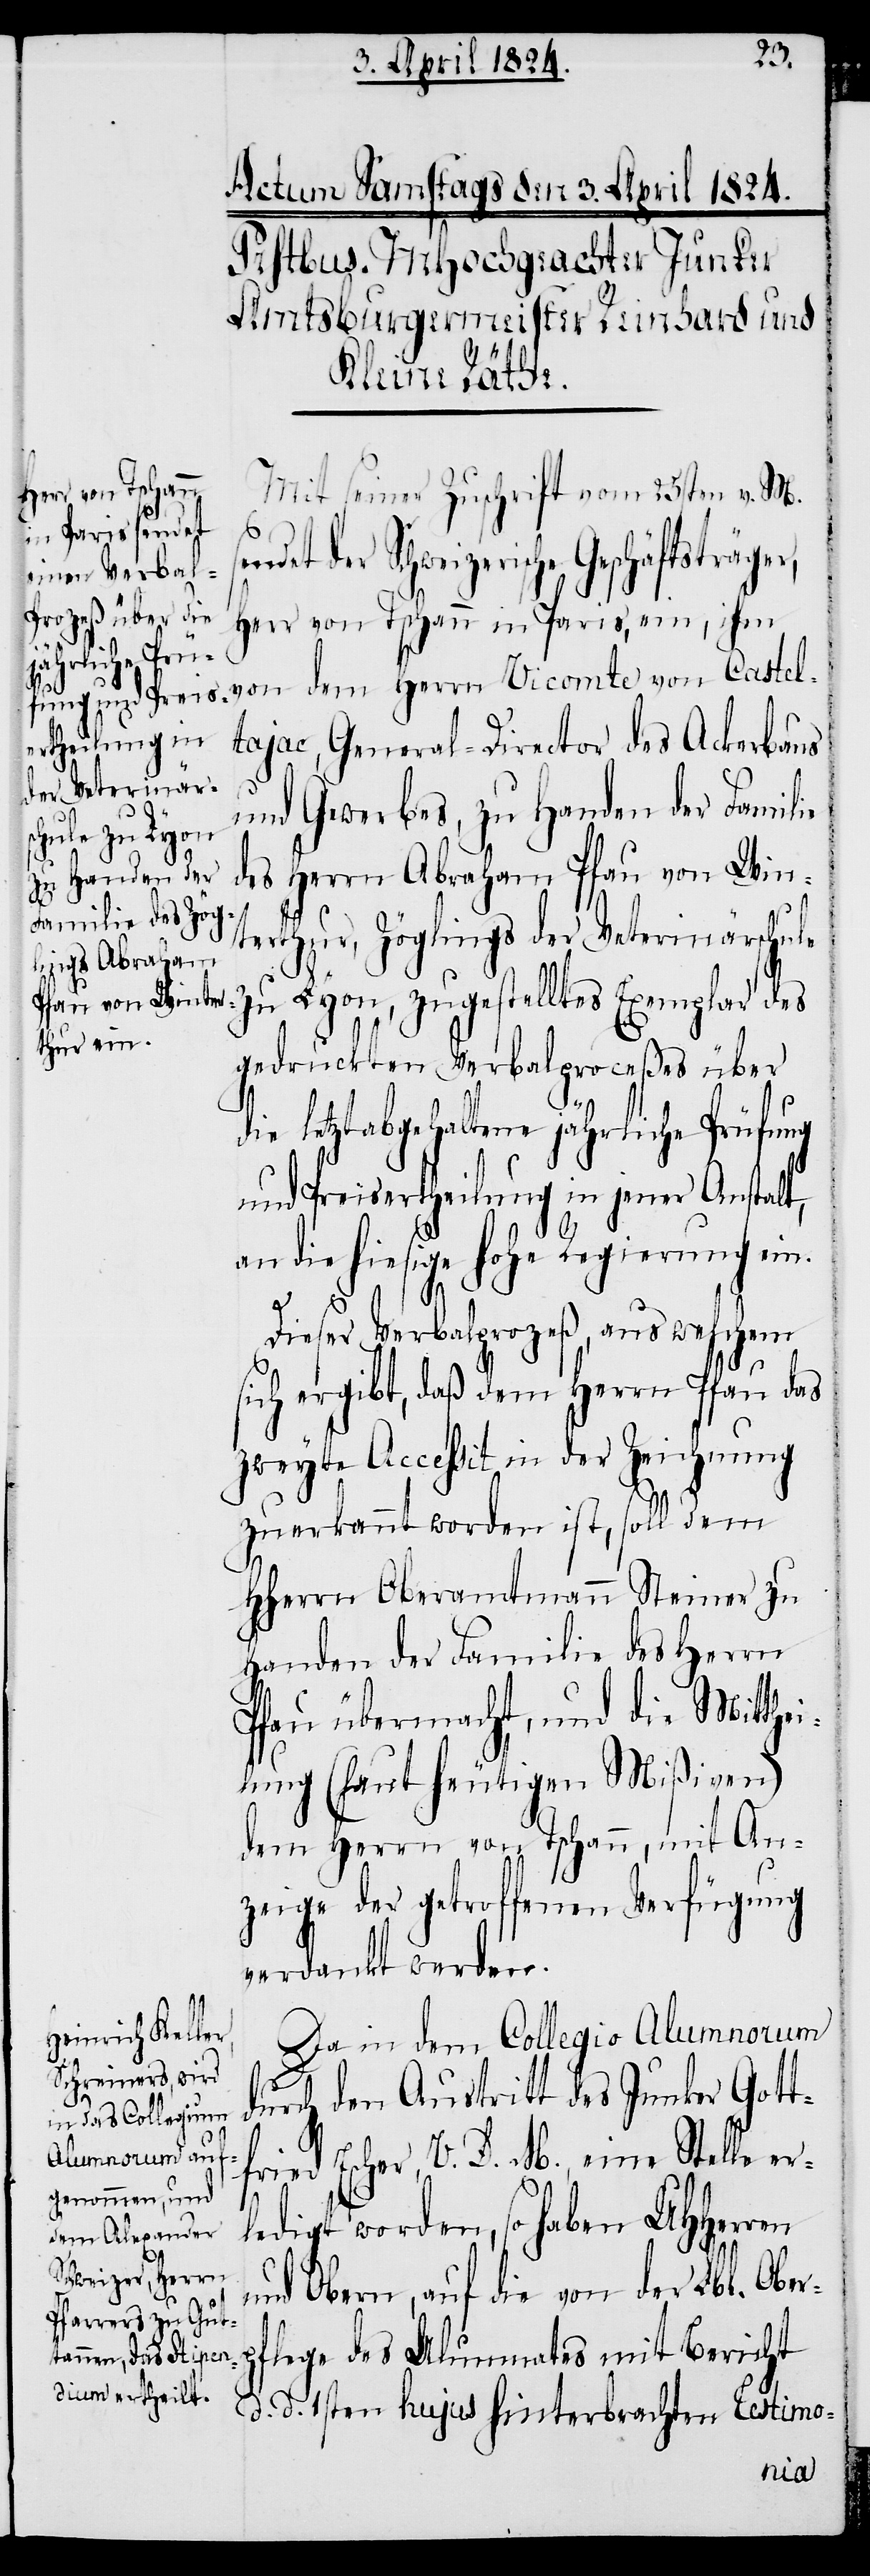
Mit seiner Zuschrift vom 25sten v. M.
der Schweizerische Geschäftsträger,
Herr von Tschann in Paris, ein, ihm
von dem Herrn Vicomte von Castelt¬
ajac, General-Director des Ackerbaus
und Gewerbes, zu Handen der Familie
des Herrn Abraham Pfau von Win¬
terthur, Zöglings der Veterinärschule
Lyon, zugestelltes Exemplar des
gedruckten Verbalproceßes über
letztabgehaltene jährliche Prüfung
und Preisertheilung in jener Anstalt,
an die hiesige hohe Regierung ein.
Dieser Verbalproceß, aus welchem
sich ergibt, daß dem Herrn Pfau das
zweyte Accessit in der Zeichnung
zuerkannt worden ist, soll dem
HHerrn Oberamtmann Steiner zu
Handen der Familie des Herrn
Pfau übermacht, und die Mitthei¬
lung (laut heutigen Mißiven)
dem Herrn von Tschann, mit An¬
zeige der getroffenen Verfügung
verdankt werden.
Da in dem Collegio Alumnorum
durch den Austritt des Junker Gottf¬
ried Escher, V. D. M., eine Stelle er¬
ledigt worden, so haben UHHerren
und Obern, auf die von der Lbl. Ober¬
flege des Alumnates mit Bericht
d. d. 1sten hujus hinterbrachten Testimo-
p¬